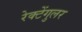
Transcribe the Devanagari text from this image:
रेक्टेंगुलर